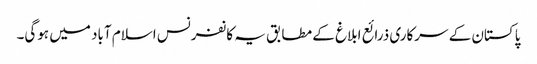
پاکستان کے سرکاری ذرائع ابلاغ کے مطابق یہ کانفرنس اسلام آباد میں ہوگی۔